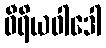
ဝီရိယဝါဒေါ